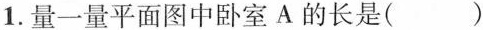
1.量一量平面图中卧室A的长是( )